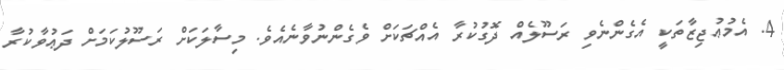
4. އެމުޢުޖިޒާތަކީ އެގެންނެވި ރަސޫލެއް ދޮގުކުރާ އެއްޗަކަށް ވެގެންނުވާނެއެވެ. މިސާލަކަށް ރަސޫލުކަމަށް ދަޢުވާކުރާ